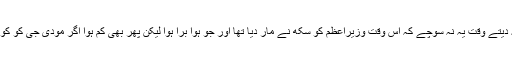
حکومت کے اتنے بڑے منصب پر جو بیٹھا ہو وہ 1984 ء کا حوالہ دیتے وقت یہ نہ سوچے کہ اس وقت وزیراعظم کو سکھ نے مار دیا تھا اور جو ہوا برا ہوا لیکن پھر بھی کم ہوا اگر مودی جی کو کوئی مسلمان مار دے تو شاید آدھا ہندوستان خون سے سرخ ہوجائے گا۔